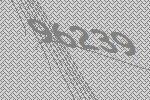
96239